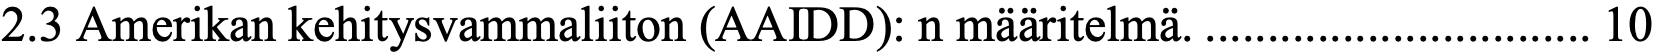
2.3 Amerikan kehitysvammaliiton (AAIDD): n määritelmä. ............................... 10